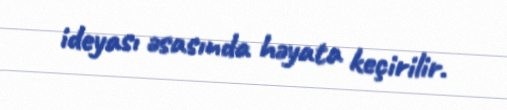
ideyası əsasında həyata keçirilir.